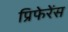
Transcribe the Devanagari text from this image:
प्रिफेरेंस